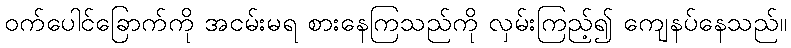
ဝက်ပေါင်ခြောက်ကို အငမ်းမရ စားနေကြသည်ကို လှမ်းကြည့်၍ ကျေနပ်နေသည်။